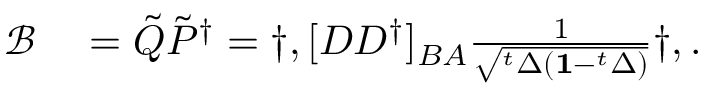
\begin{array} { r l } { \mathcal { B } } & { { } = \tilde { Q } \tilde { P } ^ { \dagger } = \dag , [ D D ^ { \dagger } ] _ { B A } \frac { 1 } { \sqrt { ^ t \Delta ( \mathbf { 1 } - ^ { t } \Delta ) } } \dag , . } \end{array}